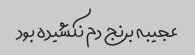
عجیبه برنج دم نکشیده بود